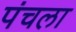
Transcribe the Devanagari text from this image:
पंचला